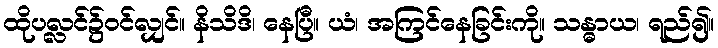
ထိုပလ္လင်၌ဝင်လျှင်။ နိသိဒိ၊ နေပြီ။ ယံ၊ အကြင်နေခြင်းကို။ သန္ဓာယ၊ ရည်၍။